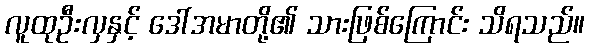
လူထုဦးလှနှင့် ဒေါ်အမာတို့၏ သားဖြစ်ကြောင်း သိရသည်။